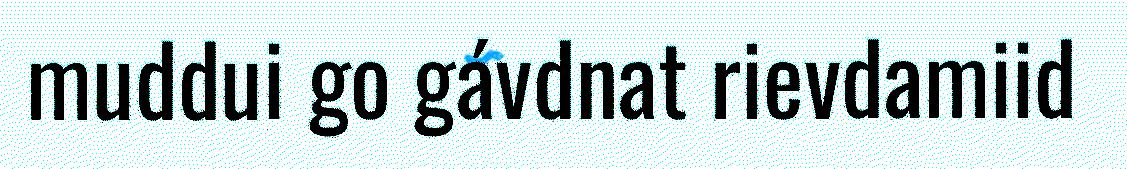
muddui go gávdnat rievdamiid